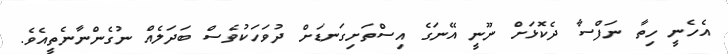
އެހެނީ ހިތާ ނަފްސާ ދެކޮޅަށް ނޫނީ އޭނަގެ އިސްތަށިގަނޑަށް ދުވަހަކުވެސް ބަދަލެއް ނުގެންނާނެތީއެވެ.